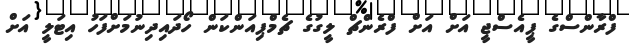
ފްރާންސްގެ ޕީއެސްޖީ އަށް އަށް ފްރެންޗް ލީގުގެ ޗެމްޕިއަންކަން ހޯދައިދިނުމަށްފަހު އިޓަލީ އަށް